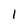
Character: l